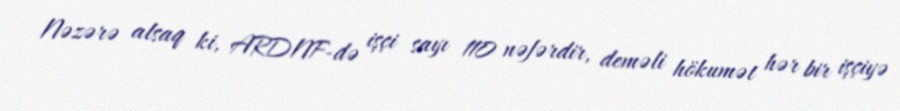
Nəzərə alsaq ki, ARDNF-də işçi sayı 110 nəfərdir, deməli hökumət hər bir işçiyə